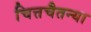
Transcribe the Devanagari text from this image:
चित्तचैतन्या